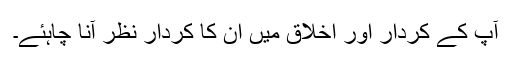
آپ کے کردار اور اخلاق میں اُن کا کردار نظر آنا چاہئے۔